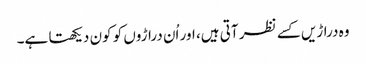
وہ دراڑیں کسے نظر آتی ہیں، اور اُن دراڑوں کو کون دیکھتا ہے۔